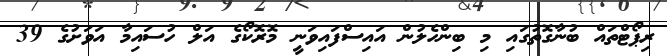
ރިޕޯޓްތައް ބުނާގޮތުގައި މި ބިންހެލުން އައިސްފައިވަނީ މޮރޮކޯގެ އަލް ހުސައިމާ އަވަށުގެ 39